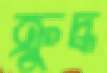
ক্রুদ্ধ